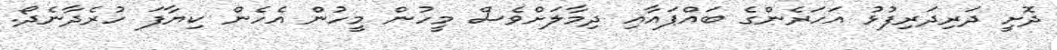
ދޮށީ ދަރިދަރިފުޅު އަހަރެންގެ ބައްޕައާއި ދިމާލަށްވެސް މީހުން މީހުން އެހެން ކިޔާފަ ހުރެދާނެދޯ.